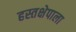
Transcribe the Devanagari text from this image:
हस्तक्षेपाला